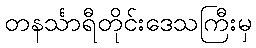
တနင်္သာရီတိုင်းဒေသကြီးမှ